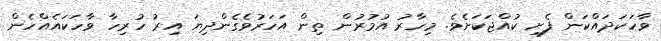
ވާހަކަދައްކަން ފެށި ކުއްޖަކަށެވެ. މިހާރު އުމުރުން ތިން އަހަރުވެގެންދިޔަ އިރު ހުރިހާ ވާހަކައެއްހެން